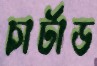
চার্টাড